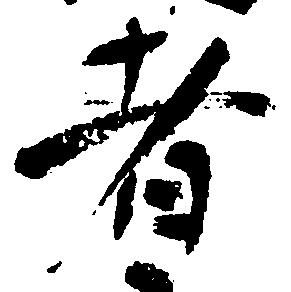
者